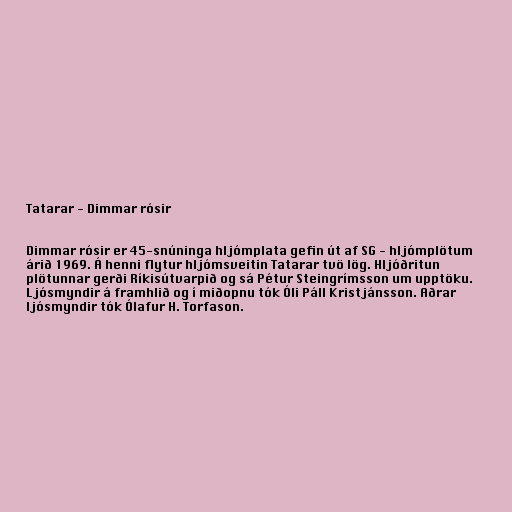
Tatarar - Dimmar rósir

Dimmar rósir er 45-snúninga hljómplata gefin út af SG - hljómplötum
árið 1969. Á henni flytur hljómsveitin Tatarar tvö lög. Hljóðritun
plötunnar gerði Ríkisútvarpið og sá Pétur Steingrímsson um upptöku.
Ljósmyndir á framhlið og í miðopnu tók Óli Páll Kristjánsson. Aðrar
ljósmyndir tók Ólafur H. Torfason.